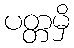
ပတ္တမှိ